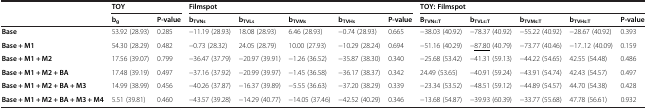
<table><thead><tr><td><b> </b></td><td colspan="2"><b>TOY</b></td><td colspan="5"><b>Filmspot</b></td><td colspan="5"><b>TOY: Filmspot</b></td></tr><tr><td><b> </b></td><td><b>b<sub>g</sub></b></td><td><b>P-value</b></td><td><b>b<sub>TVNs</sub></b></td><td><b>b<sub>TVLs</sub></b></td><td><b>b<sub>TVMs</sub></b></td><td><b>b<sub>TVHs</sub></b></td><td><b>P-value</b></td><td><b>B<sub>TVNs:T</sub></b></td><td><b>b<sub>TVLs:T</sub></b></td><td><b>b<sub>TVMs:T</sub></b></td><td><b>b<sub>TVHs:T</sub></b></td><td><b>P-value</b></td></tr></thead><tbody><tr><td><b>Base</b></td><td>53.92 (28.93)</td><td>0.285</td><td>−11.19 (28.93)</td><td>18.08 (28.93)</td><td>6.46 (28.93)</td><td>−0.74 (28.93)</td><td>0.665</td><td>−38.03 (40.92)</td><td>−78.37 (40.92)</td><td>−55.22 (40.92)</td><td>−28.67 (40.92)</td><td>0.393</td></tr><tr><td><b>Base + M1</b></td><td>54.30 (28.29)</td><td>0.482</td><td>−0.73 (28.32)</td><td>24.05 (28.79)</td><td>10.00 (27.93)</td><td>−10.29 (28.24)</td><td>0.694</td><td>−51.16 (40.29)</td><td>−<underline>87.80</underline> (40.79)</td><td>−73.77 (40.46)</td><td>−17..12 (40.09)</td><td>0.159</td></tr><tr><td><b>Base + M1 + M2</b></td><td>17.56 (39.07)</td><td>0.799</td><td>−36.47 (37.79)</td><td>−20.97 (39.91)</td><td>−1.26 (36.52)</td><td>−35.87 (38.30)</td><td>0.340</td><td>−25.68 (53.42)</td><td>−41.31 (59.13)</td><td>−44.22 (54.65)</td><td>42.55 (54.48)</td><td>0.486</td></tr><tr><td><b>Base + M1 + M2 + BA</b></td><td>17.48 (39.19)</td><td>0.497</td><td>−37.16 (37.92)</td><td>−20.99 (39.97)</td><td>−1.45 (36.58)</td><td>−36.17 (38.37)</td><td>0.342</td><td>24.49 (53.65)</td><td>−40.91 (59.24)</td><td>−43.91 (54.74)</td><td>42.43 (54.57)</td><td>0.497</td></tr><tr><td><b>Base + M1 + M2 + BA + M3</b></td><td>14.99 (38.99)</td><td>0.456</td><td>−40.26 (37.87)</td><td>−16.37 (39.89)</td><td>−5.55 (36.63)</td><td>−37.20 (38.29)</td><td>0.339</td><td>−23.34 (53.52)</td><td>−48.51 (59.12)</td><td>−44.89 (54.57)</td><td>44.70 (54.38)</td><td>0.428</td></tr><tr><td><b>Base + M1 + M2 + BA + M3 + M4</b></td><td>5.51 (39.81)</td><td>0.460</td><td>−43.57 (39.28)</td><td>−14.29 (40.77)</td><td>−14.05 (37.46)</td><td>−42.52 (40.29)</td><td>0.346</td><td>−13.68 (54.87)</td><td>−39.93 (60.39)</td><td>−33.77 (55.68)</td><td>47.78 (56.61)</td><td>0.932</td></tr></tbody></table>